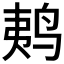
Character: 𱉩